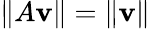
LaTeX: \| A\mathbf{v}\| =\| \mathbf{v}\|